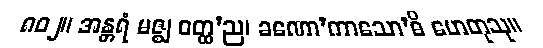
၈၀၂။ အန္တရံ မဇ္ဈ ဝတ္ထ’ည၊ ခဏော’ကာသော’ဓိ ဟေတုသု။